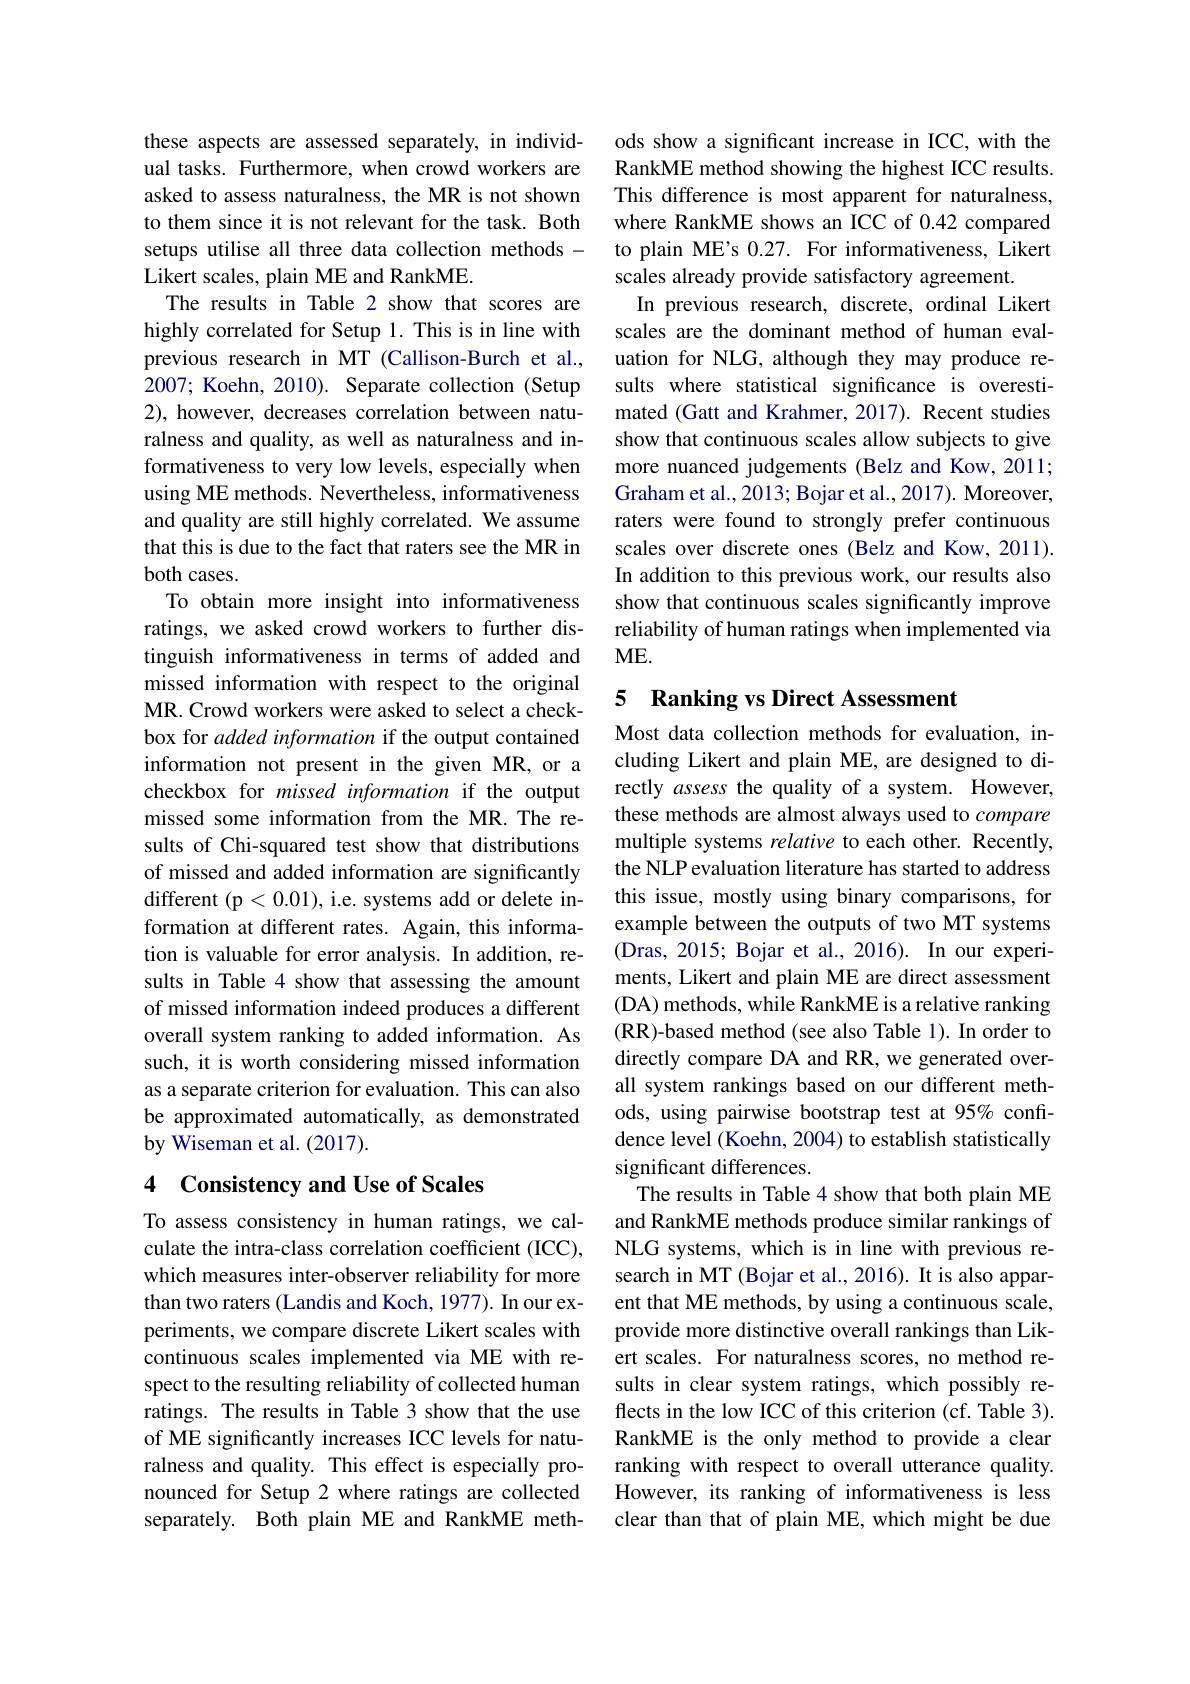
these aspects are assessed separately, in individual tasks. Furthermore, when crowd workers are asked to assess naturalness, the MR is not shown to them since it is not relevant for the task. Both setups utilise all three data collection methods - Likert scales, plain ME and RankME.
The results in Table 2 show that scores are highly correlated for Setup 1. This is in line with previous research in MT (Callison-Burch et al., 2007; Koehn, 2010). Separate collection (Setup 2), however, decreases correlation between naturalness and quality, as well as naturalness and informativeness to very low levels, especially when using ME methods. Nevertheless, informativeness and quality are still highly correlated. We assume that this is due to the fact that raters see the MR in both cases.
To obtain more insight into informativeness ratings, we asked crowd workers to further distinguish informativeness in terms of added and missed information with respect to the original MR. Crowd workers were asked to select a checkbox for added information if the output contained information not present in the given MR, or a checkbox for missed information if the output missed some information from the MR.The results of Chi-squared test show that distributions of missed and added information are significantly different (p<0.01), i.e. systems add or delete information at different rates. Again, this information is valuable for error analysis. In addition, results in Table 4 show that assessing the amount of missed information indeed produces a different overall system ranking to added information.As such, it is worth considering missed information as a separate criterion for evaluation. This can also be approximated automatically, as demonstrated by Wiseman et al. (2017).

### 4 Consistency and Use of Scales

To assess consistency in human ratings, we calculate the intra-class correlation coefficient (ICC), which measures inter-observer reliability for more than two raters (Landis and Koch, 1977). In our experiments, we compare discrete Likert scales with continuous scales implemented via ME with respect to the resulting reliability of collected human ratings. The results in Table 3 show that the use of ME significantly increases ICC levels for naturalness and quality. This effect is especially pronounced for Setup 2 where ratings are collected separately. Both plain ME and RankME meth-

ods show a significant increase in ICC, with the RankME method showing the highest ICC results. This difference is most apparent for naturalness, where RankME shows an ICC of 0.42 compared to plain ME's 0.27. For informativeness, Likert scales already provide satisfactory agreement.
In previous research, discrete, ordinal Likert scales are the dominant method of human evaluation for NLG, although they may produce results where statistical significance is overestimated (Gatt and Krahmer, 2017). Recent studies show that continuous scales allow subjects to give more nuanced judgements (Belz and Kow, 2011; Graham et al., 2013; Bojar et al., 2017). Moreover, raters were found to strongly prefer continuous scales over discrete ones (Belz and Kow, 2011). In addition to this previous work, our results also show that continuous scales significantly improve reliability of human ratings when implemented via ME.

# 5 Ranking vs Direct Assessment

Most data collection methods for evaluation, including Likert and plain ME, are designed to directly assess the quality of a system. However, these methods are almost always used to compare multiple systems relative to each other. Recently, the NLP evaluation literature has started to address this issue, mostly using binary comparisons, for example between the outputs of two MT systems (Dras, 2015; Bojar et al., 2016). In our experiments, Likert and plain ME are direct assessment (DA) methods, while RankME is a relative ranking (RR)-based method (see also Table 1). In order to directly compare DA and RR, we generated overall system rankings based on our different methods, using pairwise bootstrap test at 95% confidence level (Koehn, 2004) to establish statistically significant differences.
The results in Table 4 show that both plain ME and RankME methods produce similar rankings of NLG systems, which is in line with previous research in MT (Bojar et al., 2016). It is also apparent that ME methods, by using a continuous scale, provide more distinctive overall rankings than Likert scales. For naturalness scores, no method results in clear system ratings, which possibly reflects in the low ICC of this criterion (cf. Table 3). RankME is the only method to provide a clear ranking with respect to overall utterance quality. However, its ranking of informativeness is less clear than that of plain ME, which might be due